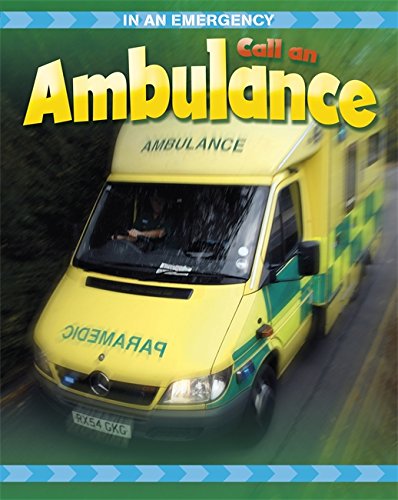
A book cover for Call an Ambulance (In an Emergency); Cath Senker; Medical Books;